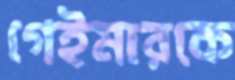
গেইমারকে